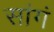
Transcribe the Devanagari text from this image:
सांगं